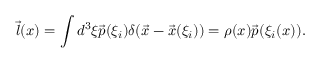
\vec { l } ( x ) = \int d ^ { 3 } \xi \vec { p } ( \xi _ { i } ) \delta ( \vec { x } - \vec { x } ( \xi _ { i } ) ) = \rho ( x ) \vec { p } ( \xi _ { i } ( x ) ) .